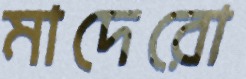
মাদেরো